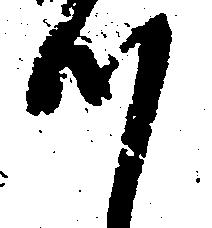
つ